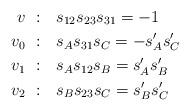
LaTeX: \begin{align*} v~&:~~ s_{12}s_{23} s_{31} = -1 \\ v_0~&:~~ s_A s_{31} s_C = - s_A' s_C'\\ v_1~&:~~ s_A s_{12} s_B = s_A' s_B' \\ v_2~&:~~ s_Bs_{23} s_C = s_B' s_C' \end{align*}